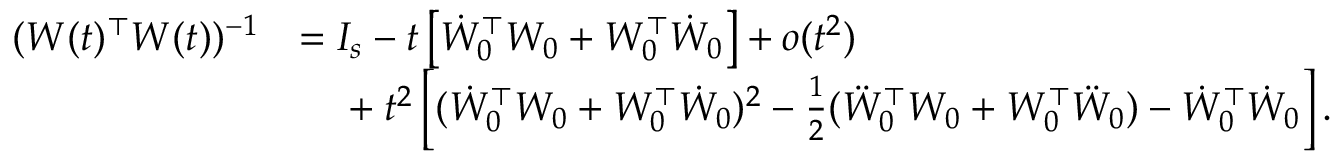
\begin{array} { r l } { ( W ( t ) ^ { \top } W ( t ) ) ^ { - 1 } } & { = I _ { s } - t \left[ \dot { W } _ { 0 } ^ { \top } W _ { 0 } + W _ { 0 } ^ { \top } \dot { W } _ { 0 } \right] + o ( t ^ { 2 } ) } \\ & { \phantom { = \ } + t ^ { 2 } \left[ ( \dot { W } _ { 0 } ^ { \top } W _ { 0 } + W _ { 0 } ^ { \top } \dot { W } _ { 0 } ) ^ { 2 } - \frac { 1 } { 2 } ( \ddot { W } _ { 0 } ^ { \top } W _ { 0 } + W _ { 0 } ^ { \top } \ddot { W } _ { 0 } ) - \dot { W } _ { 0 } ^ { \top } \dot { W } _ { 0 } \right] . } \end{array}